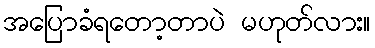
အပြောခံရတော့တာပဲ မဟုတ်လား။